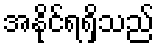
အနိုင်ရရှိသည်